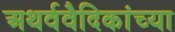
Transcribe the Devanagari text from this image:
अथर्ववैदिकांच्या